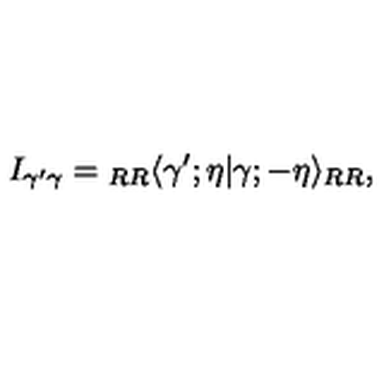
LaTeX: I _ { \gamma ^ { \prime } \gamma } = { } _ { R R } \langle \gamma ^ { \prime } ; \eta | \gamma ; - \eta \rangle _ { R R } ,